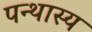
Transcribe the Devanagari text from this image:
पन्थास्य